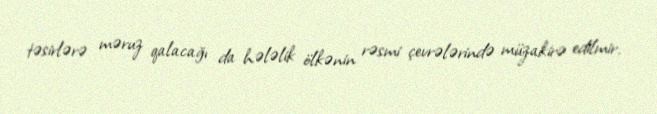
təsirlərə məruz qalacağı da hələlik ölkənin rəsmi çevrələrində müzakirə edilmir.